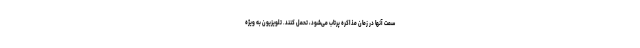
سمت آنها در زمان مذاکره پرتاب می‌شود، تحمل کنند. تلویزیون به ویژه